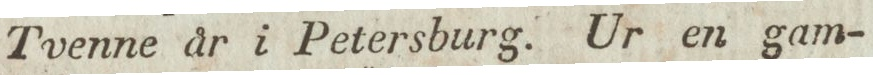
Tvenne år i Petersburg. Ur en gam-